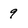
Character: 9